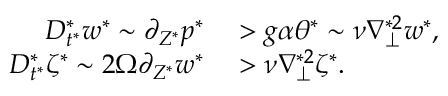
\begin{array} { r l } { D _ { t ^ { * } } ^ { * } w ^ { * } \sim \partial _ { Z ^ { * } } p ^ { * } } & { { } > g \alpha \theta ^ { * } \sim \nu \nabla _ { \perp } ^ { * 2 } w ^ { * } , } \\ { D _ { t ^ { * } } ^ { * } \zeta ^ { * } \sim 2 \Omega \partial _ { Z ^ { * } } w ^ { * } } & { { } > \nu \nabla _ { \perp } ^ { * 2 } \zeta ^ { * } . } \end{array}